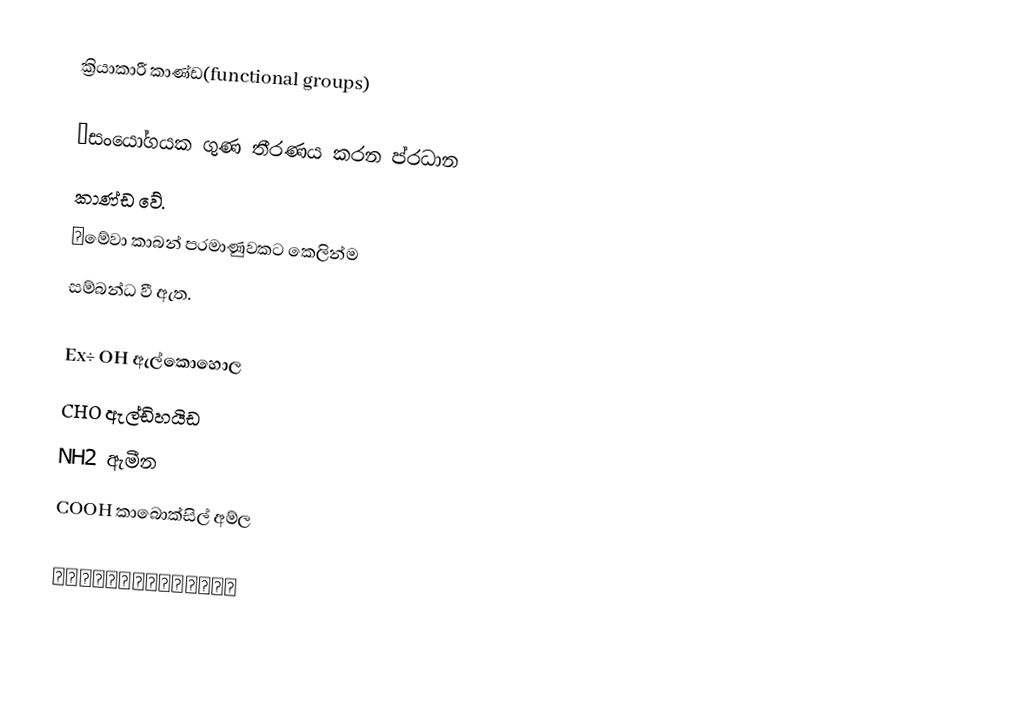
ක්‍රියාකාරී කාණ්ඩ(functional groups)

👍සංයෝගයක ගුණ තීරණය කරන ප්රධාන
  කාණ්ඩ වේ.
👍මේවා කාබන් පරමාණුවකට කෙලින්ම
  සම්බන්ධ වී ඇත.

 Ex÷ OH   ඇල්කොහොල
     CHO  ඇල්ඩිහයිඩ
     NH2  ඇමීන
     COOH කාබොක්සිල් අම්ල

   🌹🌹🌹🌹🌹🌹🌹🌹🌹🌹🌹🌹🌹🌹